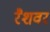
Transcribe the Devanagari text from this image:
रैशवर